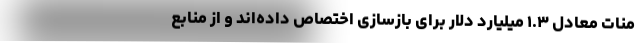
منات معادل ۱.۳ میلیارد دلار برای بازسازی اختصاص داده‌اند و از منابع